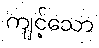
ကျင့်သော